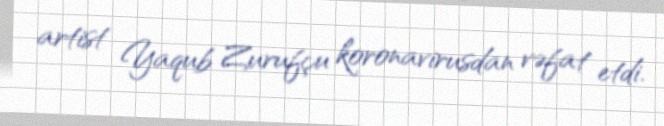
artist Yaqub Zurufçu koronavirusdan vəfat etdi.